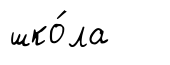
шко́ла